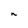
Character: n